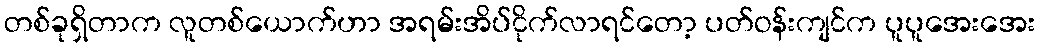
တစ်ခုရှိတာက လူတစ်ယောက်ဟာ အရမ်းအိပ်ငိုက်လာရင်တော့ ပတ်ဝန်းကျင်က ပူပူအေးအေး